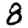
Digit: 8